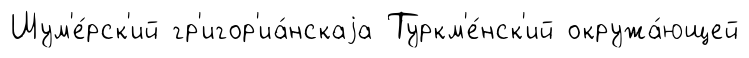
Шум'е́рск'ий гр'игор'иа́нскаjа Туркм'е́нск'ий окружа́ющей